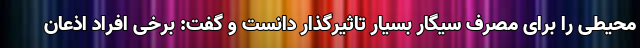
محیطی را برای مصرف سیگار بسیار تاثیرگذار دانست و گفت: برخی افراد اذعان